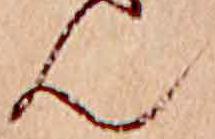
ん